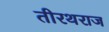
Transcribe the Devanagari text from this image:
तीरथराज